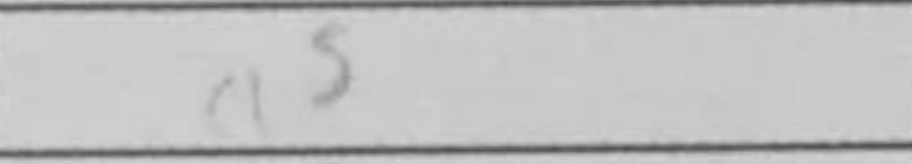
Transcription: a5